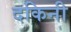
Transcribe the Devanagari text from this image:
दकिनी